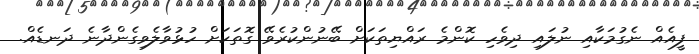
ފީއެއް ނެގުމަކާއި ނުލައި ދިވެހި ކޮންމެ ރައްޔިތަކަށް ބޭނުންކުރެވޭ ގޮތަކަށް ހުޅުވާލެވިގެންދާނެ ދަނޑެއް.